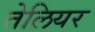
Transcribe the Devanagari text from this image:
तेलियर